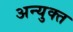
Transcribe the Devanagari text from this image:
अन्युक्त